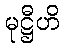
မုဋ္ဌီဟိ